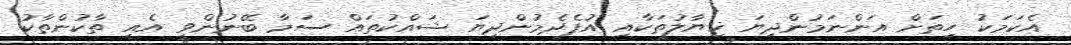
އެކަމަކު ހިތަށް އަންނަމުންދިޔަ ޚިޔާލުތަކާއި އުފެދެމުންދިޔަ ޝައްކުތައް ސަމާ ބޭނުންވީ އެއީ ތާކުންތާކު